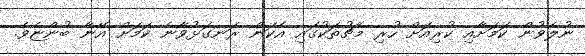
ނުލެވުން ކަމަށާއި ކުރިއަށް ހުރި މެޗުތަކުގައި އެކަން ރަނގަޅުވާނެ ކަމަށް އޭނާ ބުންޏެވެ.